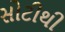
સોટીથી